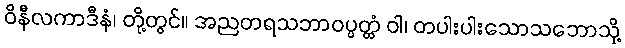
ဝိနီလကာဒီနံ၊ တို့တွင်။ အညတရသဘာဝပ္ပတ္တံ ဝါ၊ တပါးပါးသောသဘောသို့